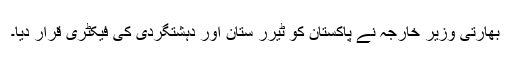
بھارتی وزیر خارجہ نے پاکستان کو ٹیرر ستان اور دہشتگردی کی فیکٹری قرار دیا۔